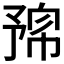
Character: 𠄛